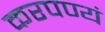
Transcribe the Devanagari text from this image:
करपण्यं